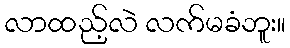
လာထည့်လဲ လက်မခံဘူး။